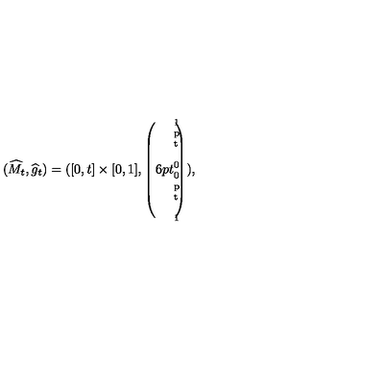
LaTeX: ( \widehat { M } _ { t } , \widehat { g } _ { t } ) = ( [ 0 , t ] \times [ 0 , 1 ] , \left( \parbox { 1 6 p t } { \scriptsize 1 \makebox [ 1 p t ] { } 0 0 \makebox [ 1 p t ] { } 1 } \right) ) ,